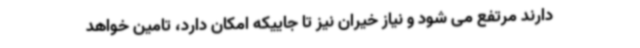
دارند مرتفع می شود و نیاز خیران نیز تا جاییکه امکان دارد، تامین خواهد